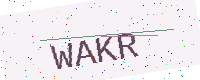
Text: WAKR